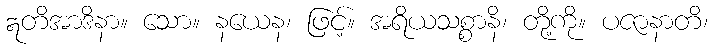
ဣတိအာဒိနာ။ သော။ နယေန၊ ဖြင့်။ အရိယသစ္စာနိ၊ တို့ကို။ ပဇာနာတိ၊